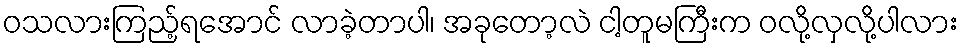
ဝသလားကြည့်ရအောင် လာခဲ့တာပါ၊ အခုတော့လဲ ငါ့တူမကြီးက ဝလို့လှလို့ပါလား